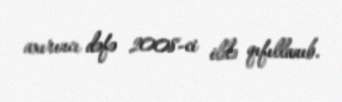
axırıncı dəfə 2008-ci ildə qıfıllanıb.